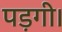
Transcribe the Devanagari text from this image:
पड़गी।